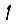
Digit: 1